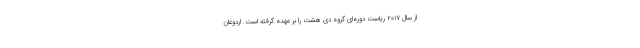
از سال ۲۰۱۷ ریاست دوره‌ای گروه دی هشت را بر عهده گرفته است. اردوغان